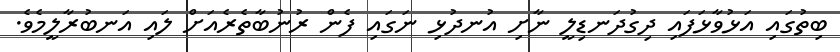
ބިތުގައި އަޅުވާޅަފައި ދިގުދަނޑިލީ ނާށި އުނދުޅި ނަގައި ފެން ރުނުބާތެރެއަށް ލައި އަނބުރާލީމެވެ.